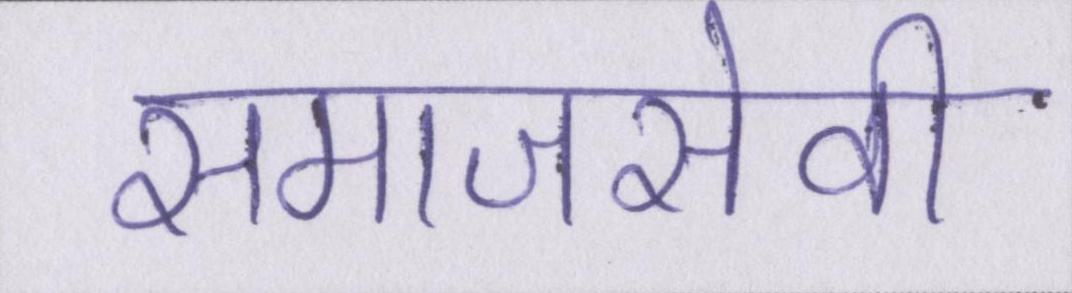
समाजसेवी